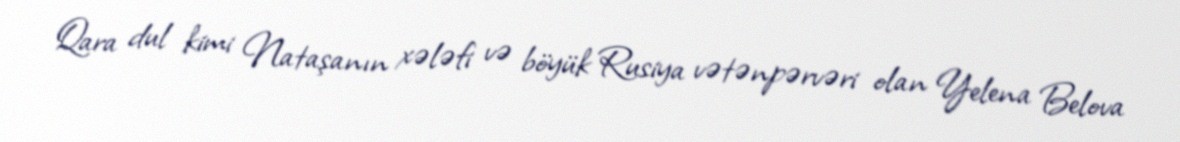
Qara dul kimi Nataşanın xələfi və böyük Rusiya vətənpərvəri olan Yelena Belova